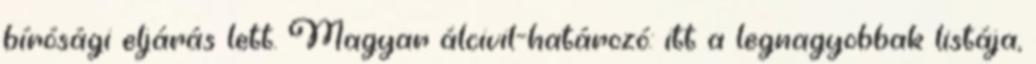
bírósági eljárás lett. Magyar álcivil-határozó: itt a legnagyobbak listája,